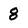
Character: 8